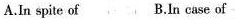
A. In spite of B. In case of